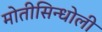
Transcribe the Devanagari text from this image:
मोतीसिन्धोली